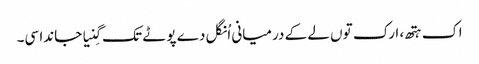
اک ہتھ، ارک توں لے کے درمیانی اُنگل دے پوٹے تک گِنیا جاندا سی۔